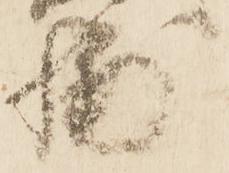
輔